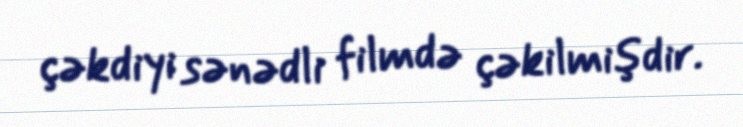
çəkdiyi sənədli filmdə çəkilmişdir.